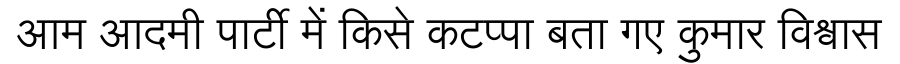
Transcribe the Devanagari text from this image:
आम आदमी पार्टी में किसे कटप्पा बता गए कुमार विश्वास